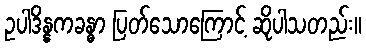
ဥပါဒိန္နကခန္ဓာ ပြတ်သောကြောင့် ဆိုပါသတည်း။